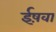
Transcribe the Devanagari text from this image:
ईष़वा